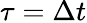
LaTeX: \tau=\Delta t